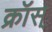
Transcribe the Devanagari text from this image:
क्रॉस्